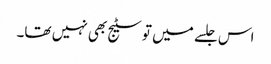
اس جلسے میں تو سٹیج بھی نہیں تھا۔